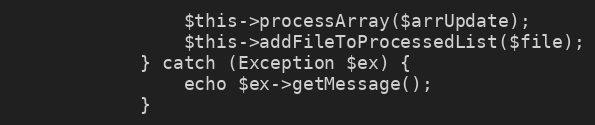
Language: PHP
                $this->processArray($arrUpdate);
                $this->addFileToProcessedList($file);
            } catch (Exception $ex) {
                echo $ex->getMessage();
            }